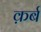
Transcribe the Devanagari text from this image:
क़र्ब